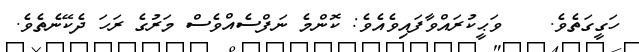
ހަގީގަތެވެ.    ވަޙީކުރައްވާފައިވެއެވެ: ކޮންމެ ނަފްސެއްވެސް މަރުގެ ރަހަ ދެކޭނެތެވެ.